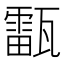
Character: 𤮚